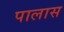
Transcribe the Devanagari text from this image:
पालास